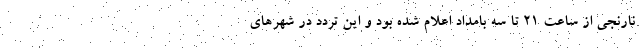
نارنجی از ساعت ۲۱ تا سه بامداد اعلام شده بود و این تردد در شهرهای